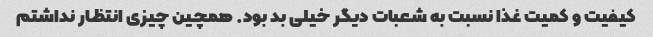
کیفیت و کمیت غذا نسبت به شعبات دیگر خیلی بد بود. همچین چیزی انتظار نداشتم